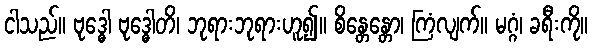
ငါသည်။ ဗုဒ္ဓေါ ဗုဒ္ဓေါတိ၊ ဘုရားဘုရားဟူ၍။ စိန္တေန္တော၊ ကြံလျက်။ မဂ္ဂံ၊ ခရီးကို။